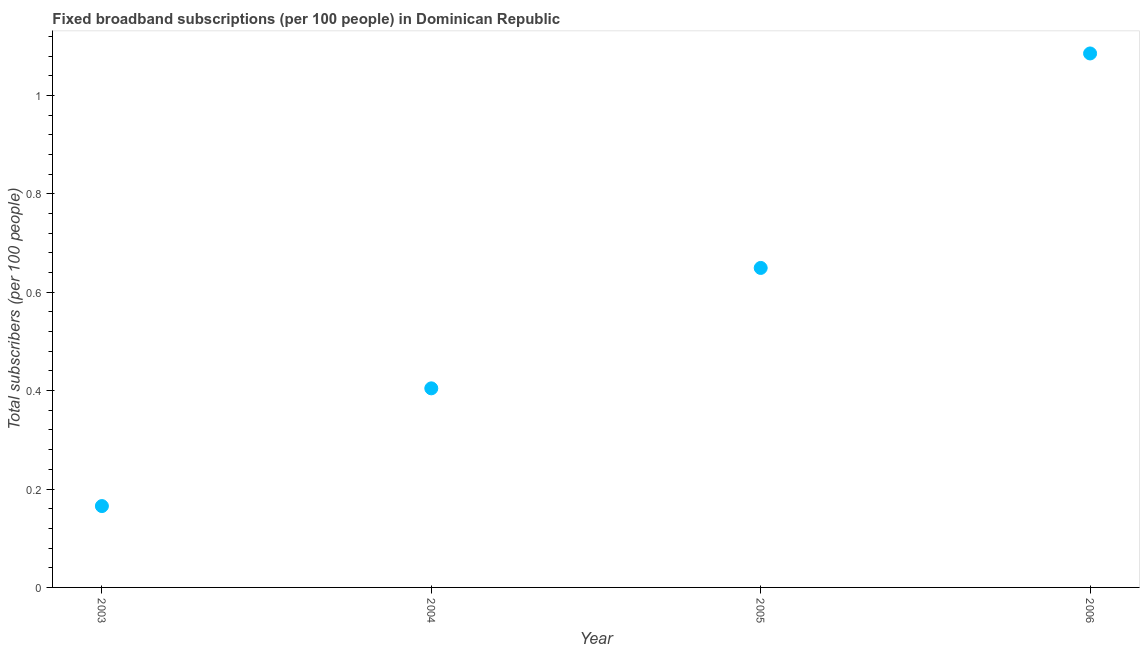
| Year | Fixed broadband subscriptions (per 100 people) |
 | --- | --- |
 | 2003 | 0.165 |
 | 2004 | 0.405 |
 | 2005 | 0.649 |
 | 2006 | 1.09 |